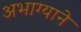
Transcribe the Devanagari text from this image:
अभाग्याने